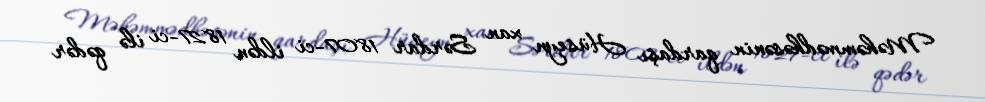
Məhəmmədhəsənin qardaşı Hüseyn xan Sərdar 1807-ci ildən 1827-ci ilə qədər